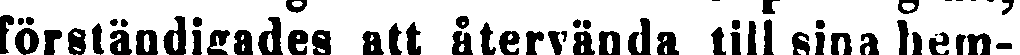
förständigades att återvända till sina hem-